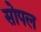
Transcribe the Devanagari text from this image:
सोपल